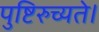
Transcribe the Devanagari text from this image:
पुष्टिरुच्यते।